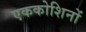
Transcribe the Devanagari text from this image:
एककोशिनों